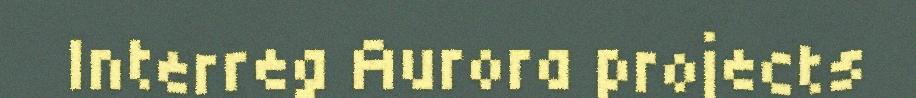
Interreg Aurora projects